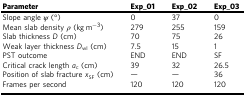
| Parameter | Exp_01 | Exp_02 | Exp_03 |
 | --- | --- | --- | --- |
 | Slope angle ψ (°) | 0 | 37 | 0 |
 | Mean slab density ρ (kg m−3) | 279 | 255 | 159 |
 | Slab thickness D (cm) | 70 | 75 | 26 |
 | Weak layer thickness Dwl (cm) | 7.5 | 15 | 1 |
 | PST outcome | END | END | SF |
 | Critical crack length ac (cm) | 39 | 32 | 26.5 |
 | Position of slab fracture xSF (cm) | — | — | 36 |
 | Frames per second | 120 | 120 | 120 |